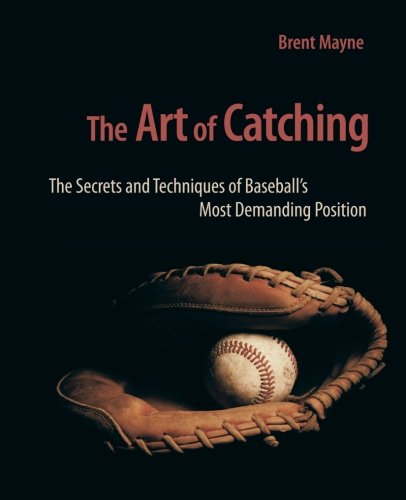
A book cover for The Art of Catching: The Secrets and Techniques of Baseball's Most Demanding Position; Mr. Brent D Mayne; Sports & Outdoors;